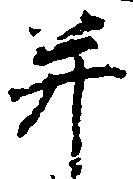
并